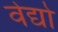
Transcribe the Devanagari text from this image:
वेद्यो